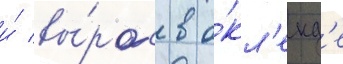
и́ вы́рос в о́кл'енд'е